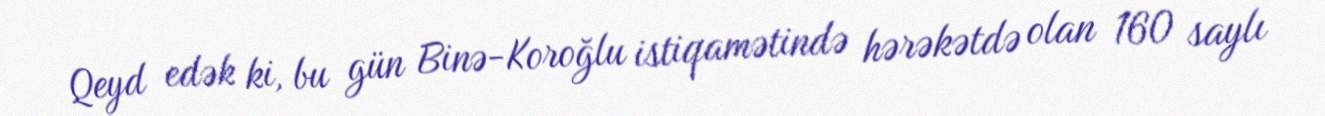
Qeyd edək ki, bu gün Binə-Koroğlu istiqamətində hərəkətdə olan 160 saylı